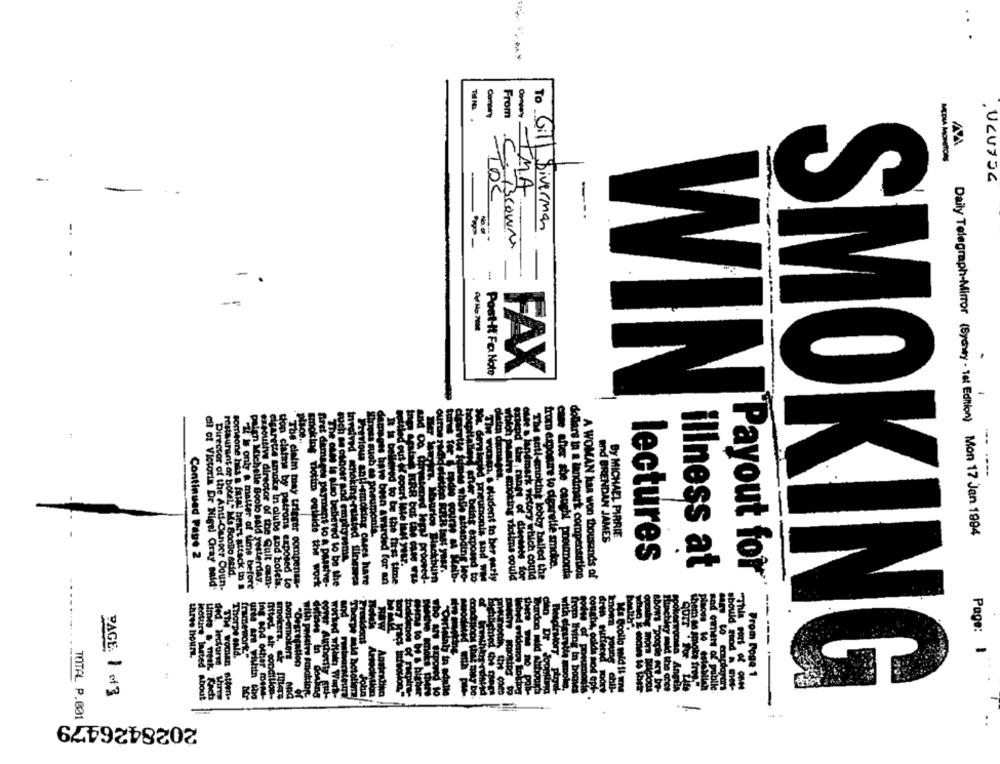
Company
MEDIA MONITORS
TMA
To Gill Diverman
..
CB30OWN
Post-It Fa Nato
FAX
WIN
smoking
diama
d'out of court M
and BRENDAN JAME
si auch ts pneumonia.
By MICHAEL PIRRIE
Daily Telegraph-Mirror (Sychwy - Tet Edition) Mon 17 Jan 1994
due s landmark vetory wild
Continued Pape 2
Fuch ne osoder and emphysema
lectures
Payout for
from exposure to cigarette smoke.
illness at
restaurant or botel. Ma BooDo said.
Previous anti-smoking cases hare
stoned tepl proostd-
ckburn
" " Fine beint exposed to
sloped pneumonia sod Wia
& Hudent to ber early
willEis choking victims could
which could
The sutl-smoking lobby balled the
cane after she caught poetmonta
dollars ta a landmark compensation
A WOMAN Has won thousands of
cit of Victoria Dr Nigel Gray said'
Director of the Anti-Cancer Ooun-
someone has a fatal heart attack in a
Cit i only a matter of time before
buien Michelle Boolo said yesterday.
estoutiw director of the Quit cam-
cigarette smoke in clubs and hotels.
tion claims by patrons exposed to
"The claim may trigger compensa-
lotto outhide the work
fret damages payment to & passive-
bebered to be the
sous have been awarded for an
ed to be the first time
while attending leo-
dr
om
Page:
Moture luc
Ofted, air
-
three hours.
ThorDe Gala
ded. lecturee
non-smokers
Ing and other men
with poidire fonoktor
SMOKING
PAGE: 1 of 3
Abou
Ach
TTH WOULD Atten-
TOTAL P.001
2028426479